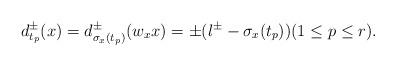
LaTeX: \begin{align*}d_{t_{p}}^{\pm}(x)=d_{\sigma_{x}(t_{p})}^{\pm}(w_{x}x)=\pm(l^{\pm}-\sigma_{x}(t_{p})) (1\le p \le r). \end{align*}